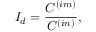
{ \cal I } _ { d } = \frac { C ^ { ( i m ) } } { C ^ { ( i n ) } } ,